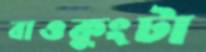
বাওকুংটা